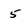
Character: 5